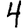
Digit: 4